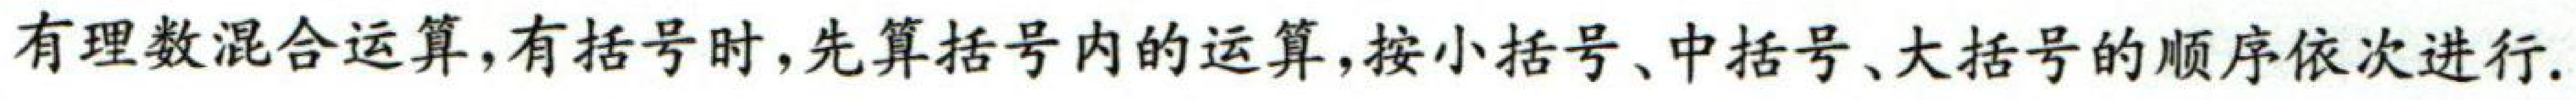
有理数混合运算,有括号时,先算括号内的运算,按小括号、中括号、大括号的顺序依次进行.